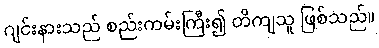
ဂျင်းနားသည် စည်းကမ်းကြီး၍ တိကျသူ ဖြစ်သည်။